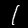
Label: 1